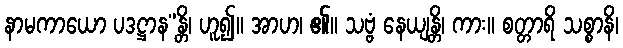
နာမကာယော ပဒဋ္ဌာန”န္တိ၊ ဟူ၍။ အာဟ၊ ၏။ သဗ္ဗံ နေယျန္တိ၊ ကား။ စတ္တာရိ သစ္စာနိ၊